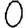
Digit: 0